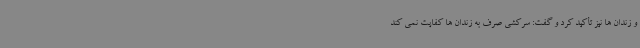
و زندان ها نیز تأکید کرد و گفت: سرکشی صرف به زندان ها کفایت نمی کند